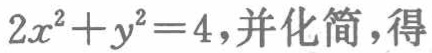
$2x^{2}+y^{2}=4,并化简,得$